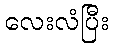
လေးလံပြီး